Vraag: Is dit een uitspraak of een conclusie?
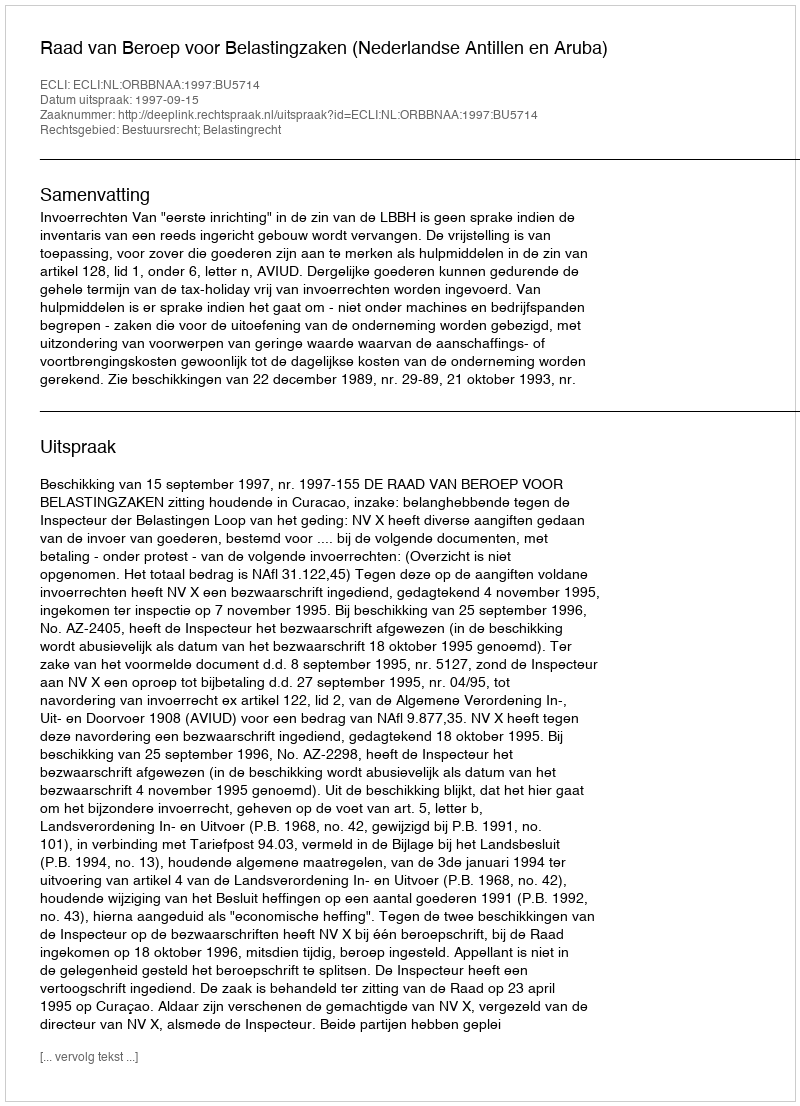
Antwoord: Uitspraak